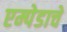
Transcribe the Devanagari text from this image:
एम्पेडाचे